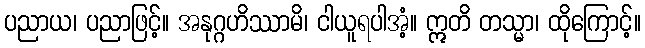
ပညာယ၊ ပညာဖြင့်။ အနုဂ္ဂဟိဿာမိ၊ ငါယူရပါအံ့။ ဣတိ တသ္မာ၊ ထိုကြောင့်။